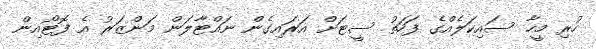
ހުރި މީހާ ސައިކަލެއްގެ ފަހަތު ސީޓަށް އަރައިގެން ނައްޓާލަން މަންޒަރު އެ ފޮޓޯއިން